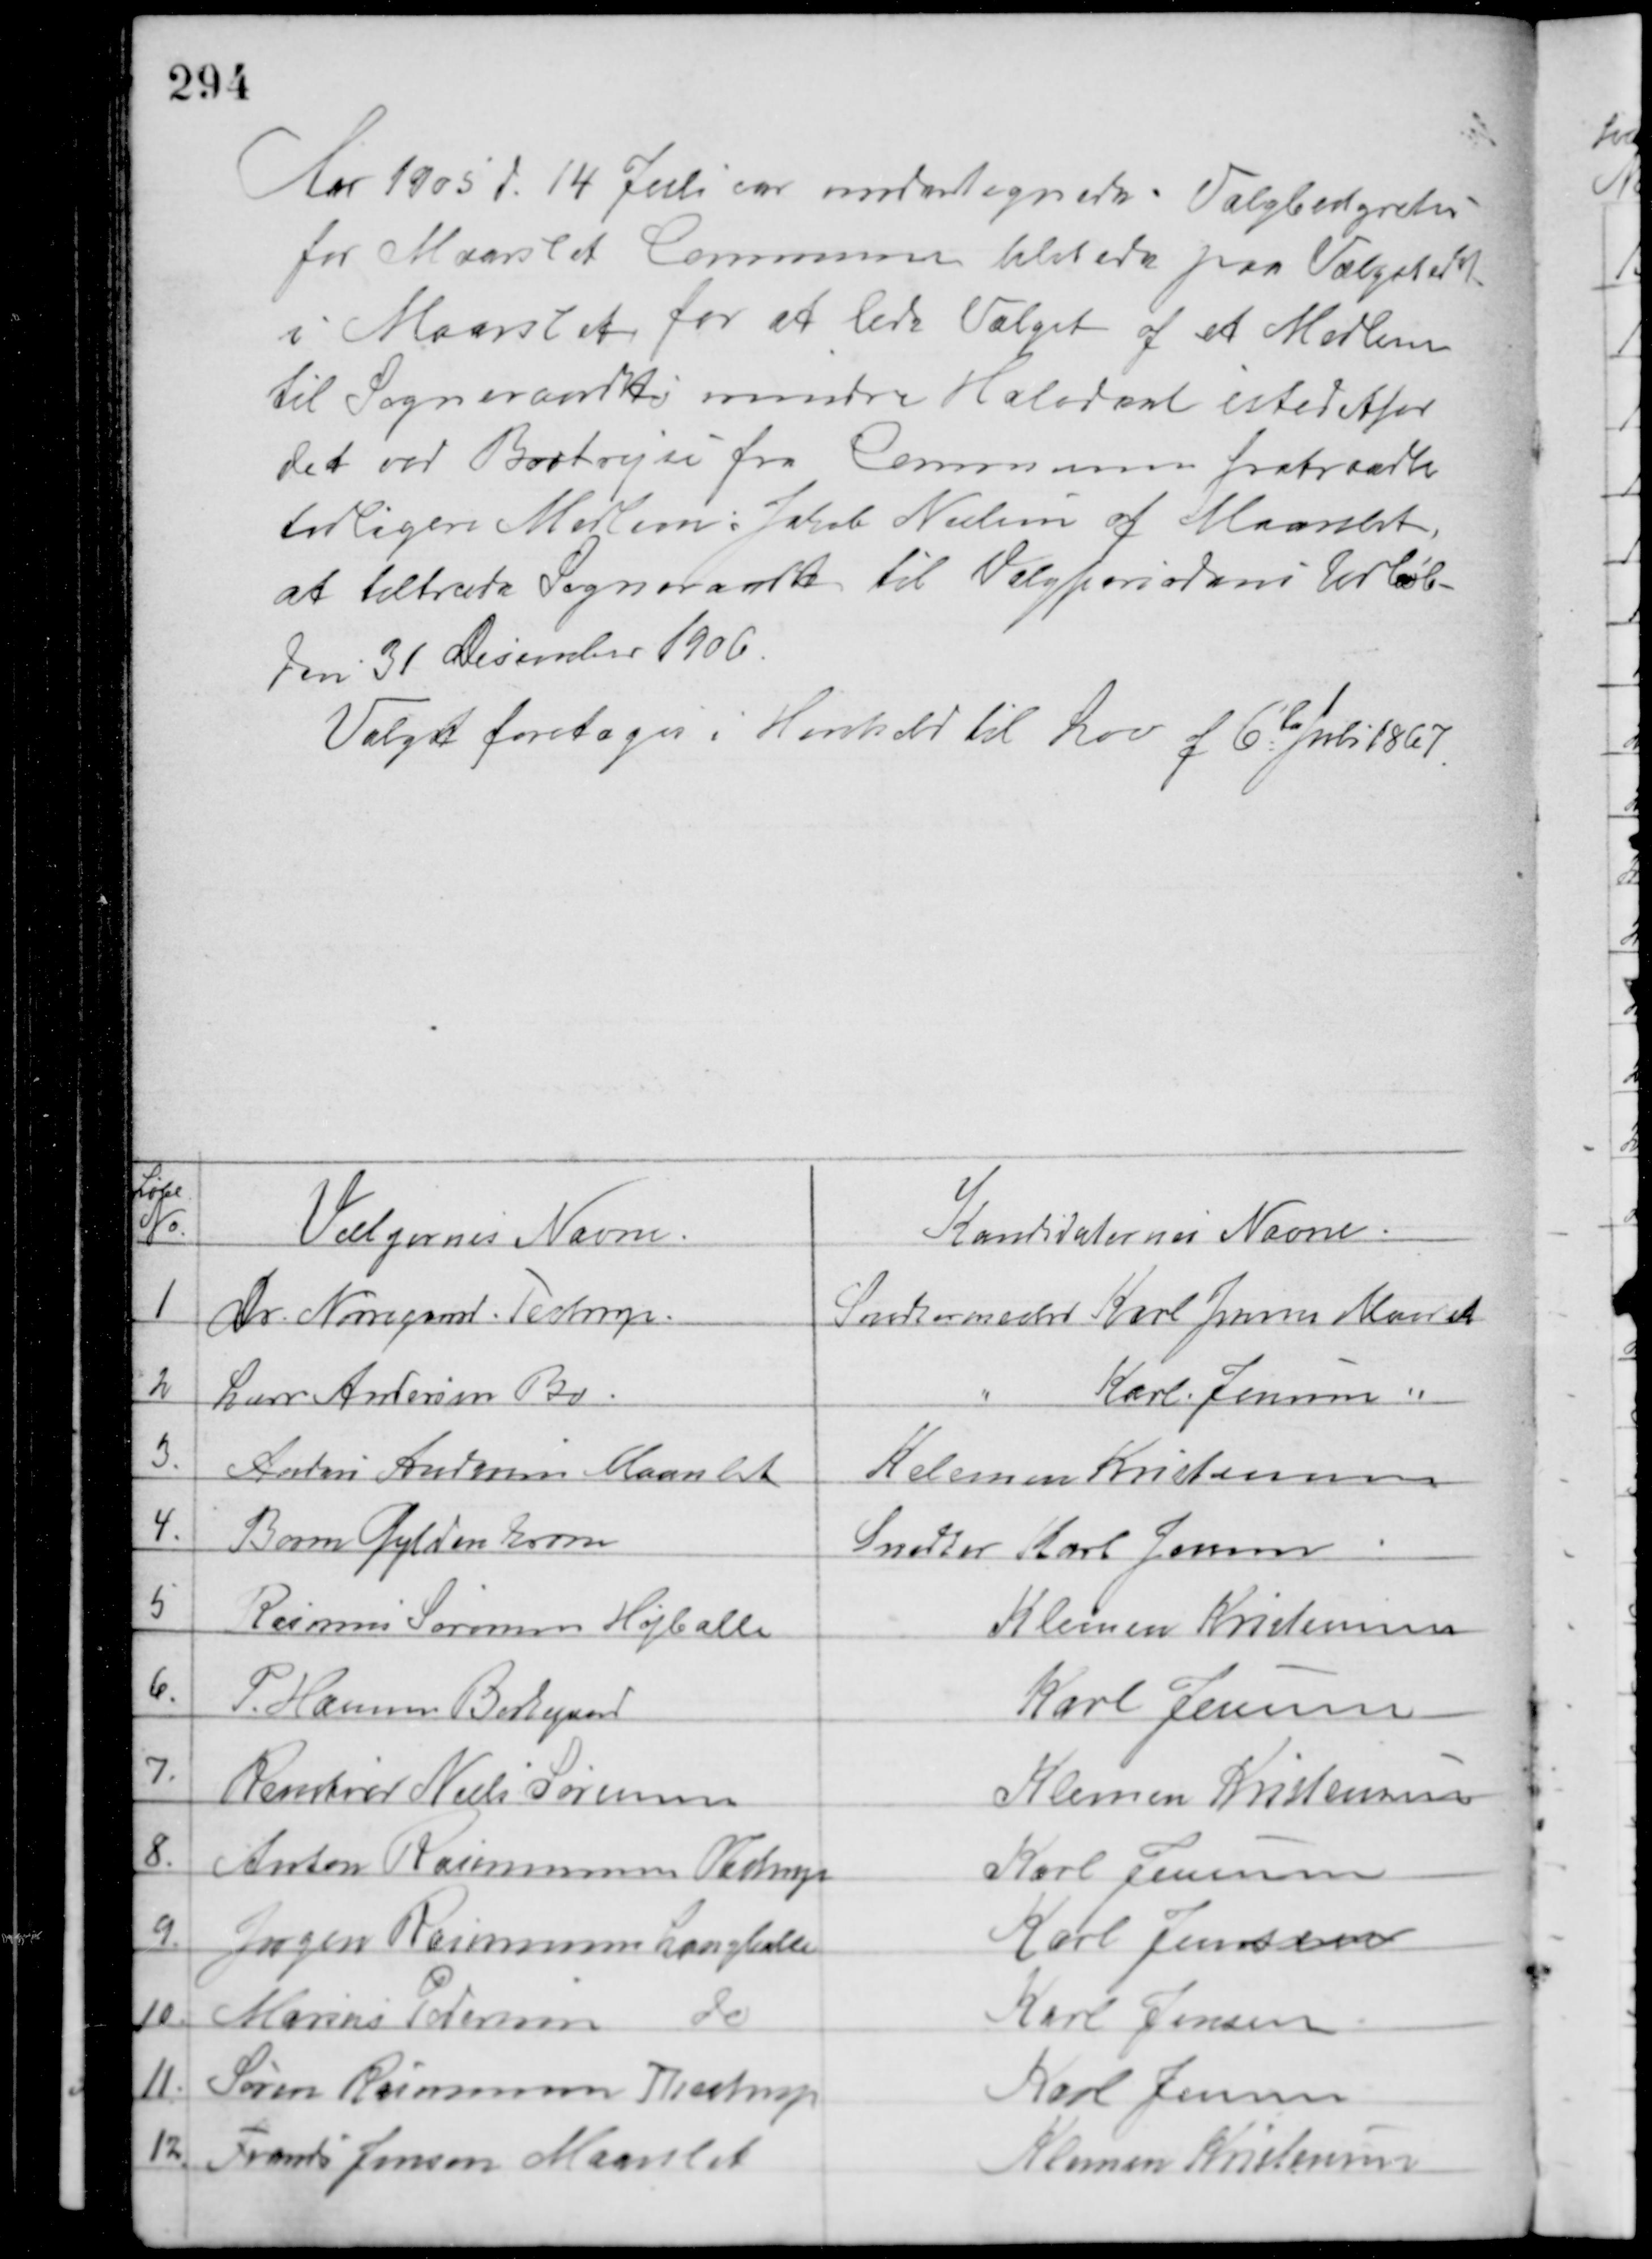
Transskription:
Aar 1905 d. 14 Juli var udertegnede Valgbestyrelse
for Maarslet Commune tilstede paa Valgstedet
i Maarslet for at lede Valget af et Medlem
til Sogneraadets mindre Halvdel istedet for
det ved Bortrejse fra Communen fratraadte
tidligere Medlem: Jakob Nielsen af Maarslet,
at tiltræde Sogneraadet til Valgperiodens Udløb
Den 31 December 1906.
Valget foretoges i Henhold til Lov af 6te Juli 1867